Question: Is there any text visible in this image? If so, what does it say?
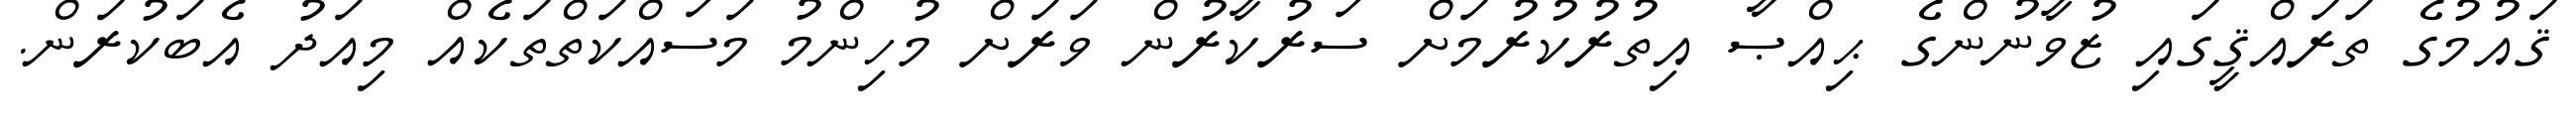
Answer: ޤައުމުގެ ތަރައްޤީގައި ޒުވާނުންގެ ޙިއްޞާ އިތުރުކުރުމަށް ސަރުކާރުން ވަރަށް މުހިންމު މަސައްކަތްތަކެއް މިއަދު އެބަކުރަން.